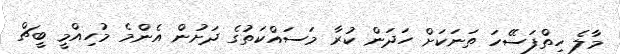
މާލެ ހިތްފަސޭހަ ތަނަކަށް ހަދަން ކުރާ މަސައްކަތުގެ ދަށުން އެންމެ މުހިއްމީ ބީޗް